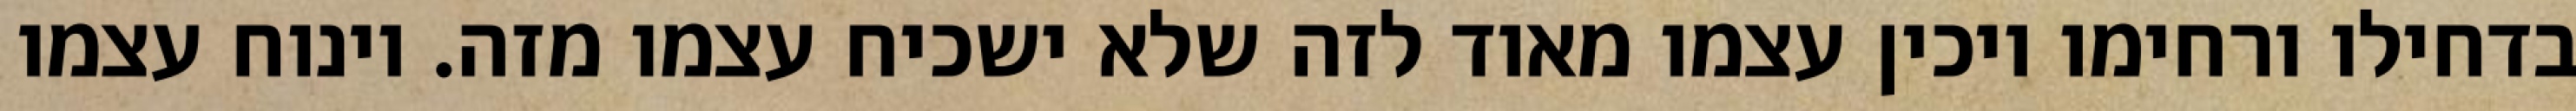
בדחילו ורחימו ויכין עצמו מאוד לזה שלא ישכיח עצמו מזה. וינוח עצמו